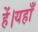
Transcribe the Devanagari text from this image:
हें।यहाँ